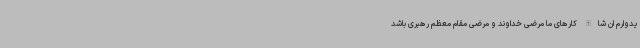
یدوارم ان شاالله کارهای ما مرضی خداوند و مرضی مقام معظم رهبری باشد